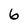
Character: 6